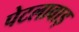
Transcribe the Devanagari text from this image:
पेटलावाड़